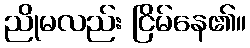
ညိုမလည်း ငြိမ်နေ၏။